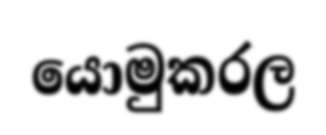
යොමුකරල